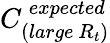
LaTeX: C_{(large~R_{t})}^{~expected}